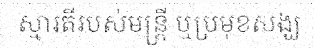
ស្មារតីរបស់មន្ត្រី ឬប្រមុខសង្ឃ